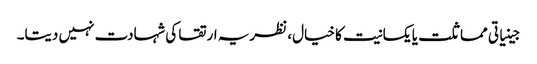
جینیاتی مماثلت یا یکسانیت کا خیال، نظریہ ارتقا کی شہادت نہیں دیتا۔